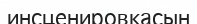
инсценировкасын